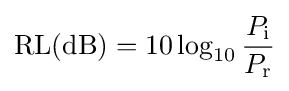
{\text{RL}}({\text{dB}})=10\log _{10}{\frac {P_{\text{i}}}{P_{\text{r}}}}